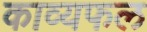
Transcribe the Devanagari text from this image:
काव्यफल